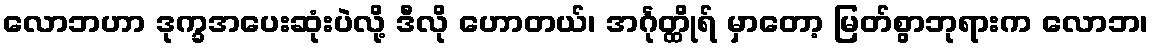
လောဘဟာ ဒုက္ခအပေးဆုံးပဲလို့ ဒီလို ဟောတယ်၊ အင်္ဂုတ္ထိုရ် မှာတော့ မြတ်စွာဘုရားက လောဘ၊